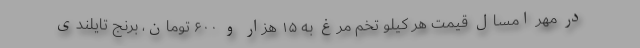
در مهر امسال قیمت هر کیلو تخم مرغ به ۱۵ هزار و ۶۰۰ تومان، برنج تایلندی